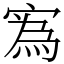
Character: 寪